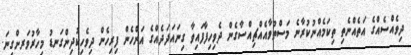
ދިވެއްސެއްގެ އަތެއްނެތި ތިކަމެއްނުކުރާނެ މަސްތުވާއެއްޗިއްސާގެން ދެވިހިފާފައިވާ ގިނައަދަދެއްގެ އަންހެން ފިރިހެން ދިވެހިކުދިންގަނޑު މިހާރުވަރށްގިނަ.